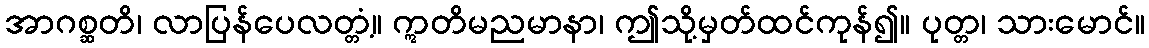
အာဂစ္ဆတိ၊ လာပြန်ပေလတ္တံ့။ ဣတိမညမာနာ၊ ဤသို့မှတ်ထင်ကုန်၍။ ပုတ္တ၊ သားမောင်။